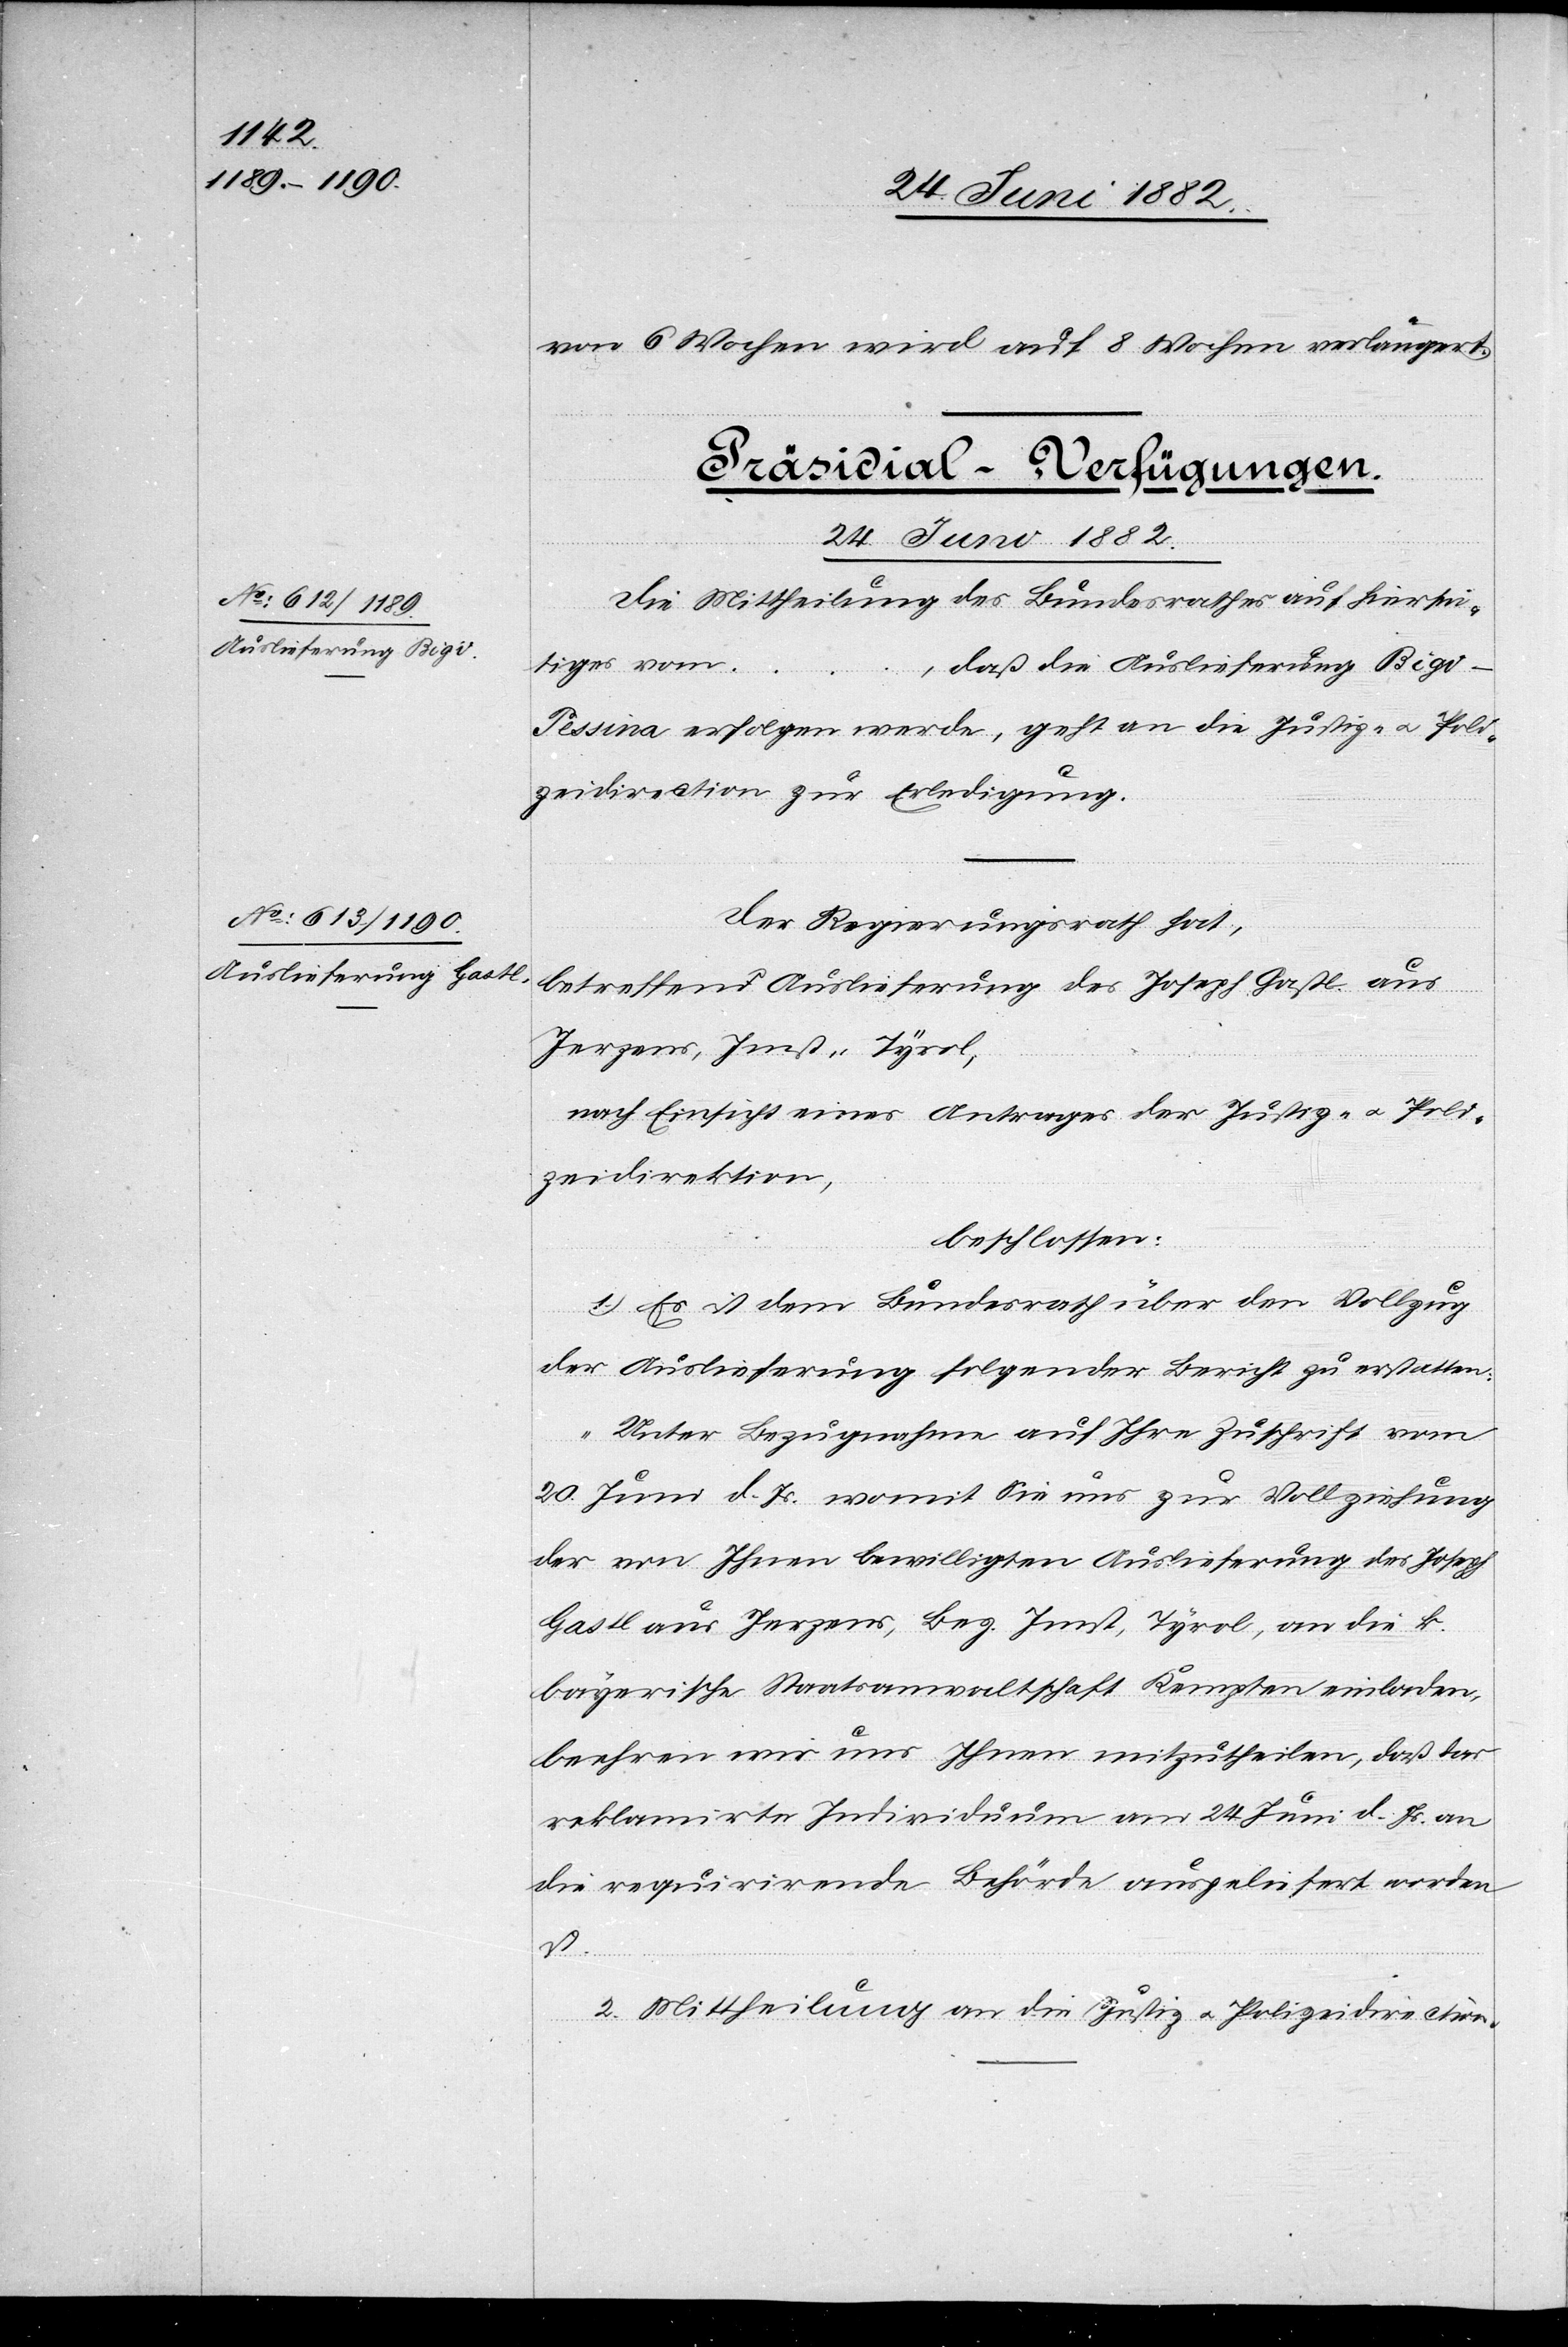
24. Juni 1882.]
von 6 Wochen wird auf 8 Wochen verlängert.
[Präsidial-Verfügungen.
Die Mittheilung des Bundesrathes auf hiersei¬
tiges vom
…, daß die Auslieferung Rigi -
Pessina erfolgen werde, geht an die Justiz- u. Poli¬
zeidirection zur Erledigung.
Der Regierungsrath hat,
betreffend Auslieferung des Joseph Gastl aus
Jerzens, Imst - Tyrol,
nach Einsicht eines Antrages der Justiz- u. Poli¬
zeidirection,
beschlossen:
1. Es ist dem Bundesrath über den Vollzug
der Auslieferung folgender Bericht zu erstatten:
„Unter Bezugnahme auf Ihre Zuschrift vom
20. Juni d. Js. womit Sie uns zur Vollziehung
der von Ihnen bewilligten Auslieferung des Joseph
Gastl aus Jerzens, Bez. Imst, Tyrol, an die k.
bayerische Staatsanwaltschaft Kempten einladen,
beehren wir uns Ihnen mitzutheilen, daß das
reklamirte Individuum am 24. Juni d. Js. an
die requirirende Behörde ausgeliefert worden
ist.“
2. Mittheilung an die Justiz- u. Polizeidirection.